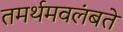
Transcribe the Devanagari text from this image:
तमर्थमवलंबते